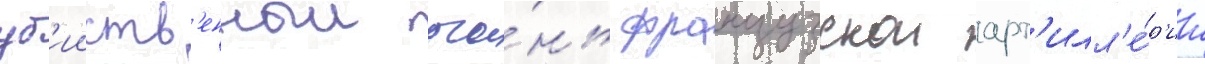
уб'ииств'енныи ого́нь французскои арт'илл'е́р'ии